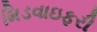
મિડવાઇફરી